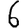
Digit: 6